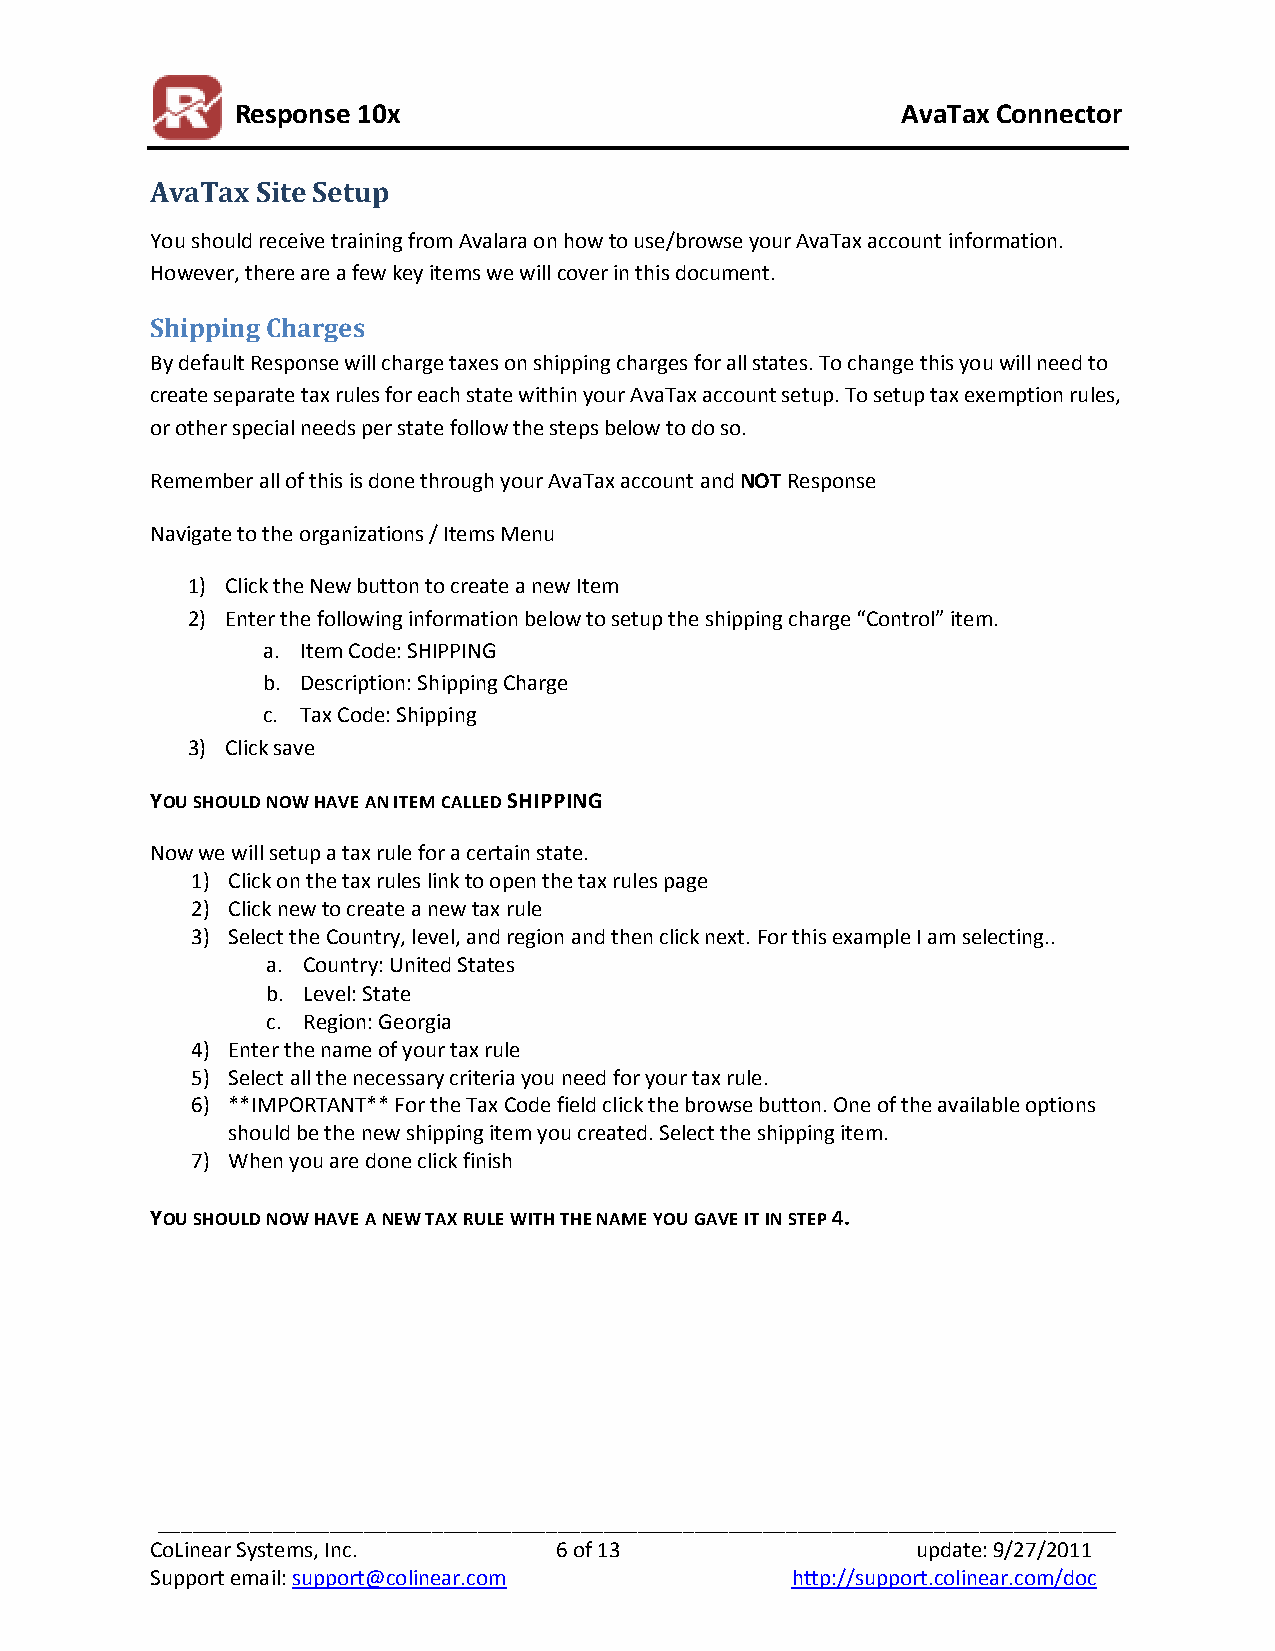
Response 10x                                AvaTax Connector
 AvaTax Site Setup
 You should receive training from Avalara on how to use/browse your AvaTax account information.
 However, there are a few key items we will cover in this document.
 Shipping Charges
 By default Response will charge taxes on shipping charges for all states. To change this you will need to
 create separate tax rules for each state within your AvaTax account setup. To setup tax exemption rules,
 or other special needs per state follow the steps below to do so.
 Remember all of this is done through your AvaTax account and NOT Response
 Navigate to the organizations / Items Menu
 1) Click the New button to create a new Item
 2) Enter the following information below to setup the shipping charge “Control” item.
 a. Item Code: SHIPPING
 b. Description: Shipping Charge
 c. Tax Code: Shipping
 3) Click save
 YOU SHOULD NOW HAVE AN ITEM CALLED SHIPPING
 Now we will setup a tax rule for a certain state.
 1) Click on the tax rules link to open the tax rules page
 2) Click new to create a new tax rule
 3) Select the Country, level, and region and then click next. For this example I am selecting..
 a. Country: United States
 b. Level: State
 c. Region: Georgia
 4) Enter the name of your tax rule
 5) Select all the necessary criteria you need for your tax rule.
 6) **IMPORTANT** For the Tax Code field click the browse button. One of the available options
 should be the new shipping item you created. Select the shipping item.
 7) When you are done click finish
 YOU SHOULD NOW HAVE A NEW TAX RULE WITH THE NAME YOU GAVE IT IN STEP 4.
 ____________________________________________________________________________________
 CoLinear Systems, Inc.     6 of 13                 update: 9/27/2011
 Support email: support@colinear.com       http://support.colinear.com/doc